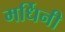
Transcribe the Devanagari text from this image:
मर्धिनी